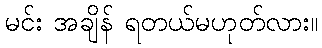
မင်း အချိန် ရတယ်မဟုတ်လား။